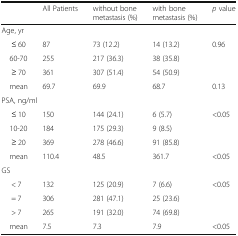
<table><thead><tr><td></td><td><b>All Patients</b></td><td><b>without bone metastasis (%)</b></td><td><b>with bone metastasis (%)</b></td><td><b><i>p</i> value</b></td></tr></thead><tbody><tr><td colspan="5">Age, yr</td></tr><tr><td>≤ 60</td><td>87</td><td>73 (12.2)</td><td>14 (13.2)</td><td>0.96</td></tr><tr><td> 60-70</td><td>255</td><td>217 (36.3)</td><td>38 (35.8)</td><td></td></tr><tr><td>≥ 70</td><td>361</td><td>307 (51.4)</td><td>54 (50.9)</td><td></td></tr><tr><td> mean</td><td>69.7</td><td>69.9</td><td>68.7</td><td>0.13</td></tr><tr><td colspan="5">PSA, ng/ml</td></tr><tr><td>≤ 10</td><td>150</td><td>144 (24.1)</td><td>6 (5.7)</td><td>&lt;0.05</td></tr><tr><td> 10-20</td><td>184</td><td>175 (29.3)</td><td>9 (8.5)</td><td></td></tr><tr><td>≥ 20</td><td>369</td><td>278 (46.6)</td><td>91 (85.8)</td><td></td></tr><tr><td> mean</td><td>110.4</td><td>48.5</td><td>361.7</td><td>&lt;0.05</td></tr><tr><td colspan="5">GS</td></tr><tr><td>&lt; 7</td><td>132</td><td>125 (20.9)</td><td>7 (6.6)</td><td>&lt;0.05</td></tr><tr><td>= 7</td><td>306</td><td>281 (47.1)</td><td>25 (23.6)</td><td></td></tr><tr><td>&gt; 7</td><td>265</td><td>191 (32.0)</td><td>74 (69.8)</td><td></td></tr><tr><td> mean</td><td>7.5</td><td>7.3</td><td>7.9</td><td>&lt;0.05</td></tr></tbody></table>